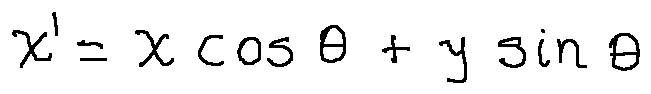
x ^ { \prime } = x \cos \theta + y \sin \theta